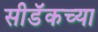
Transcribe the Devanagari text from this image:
सीडॅकच्या